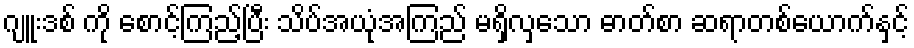
ဂျူးဒစ် ကို စောင့်ကြည့်ပြီး သိပ်အယုံအကြည် မရှိလှသော ဓာတ်စာ ဆရာတစ်ယောက်နှင့်